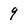
Character: 9